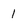
Character: 1